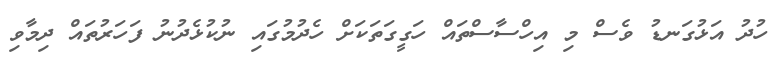
ހުދު އަޅުގަނޑު ވެސް މި އިހްސާސްތައް ހަގީގަތަކަށް ހެދުމުގައި ނުކުޅެދުނު ފަހަރުތައް ދިމާވި